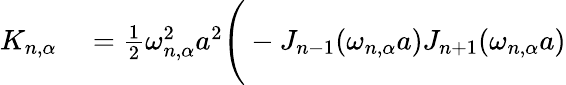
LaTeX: \begin{array}{rl}{K_{n,\alpha}}&{{}=\frac{1}{2}\omega_{n,\alpha}^{2}a^{2}\Bigg(-J_{n-1}(\omega_{n,\alpha}a)J_{n+1}(\omega_{n,\alpha}a)}\end{array}